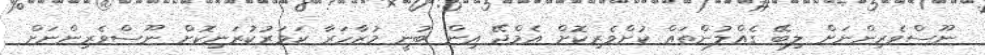
ނޫސްވެރިންނަށް ލިބޭ ގެއްލުންތައް ކުށްވެރިކޮށް އެމްޖޭ އިން ބުނީ މުޒާހަރާ ކަވަރުކުރަނިކޮށް ނޫސްވެރިންނަށް